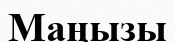
Маңызы